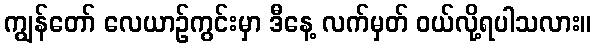
ကျွန်တော် လေယာဉ်ကွင်းမှာ ဒီနေ့ လက်မှတ် ဝယ်လို့ရပါသလား။